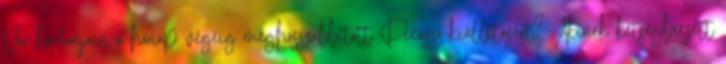
Vár kordonjain a hónap végéig meghosszabbított Picasso-kiállításért? Akinek kétségbeesett